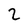
Character: 2